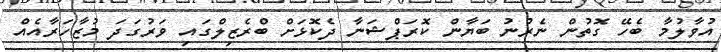
އުވާލުމާ ބެހޭ ގޮތުން ނެރުނު ބަޔާން ކޮރަޕްޝަނާ ދެކޮޅަށް ބްރެޒިލްގައި ވަރުގަދަ މުޒާހަރާއެއް